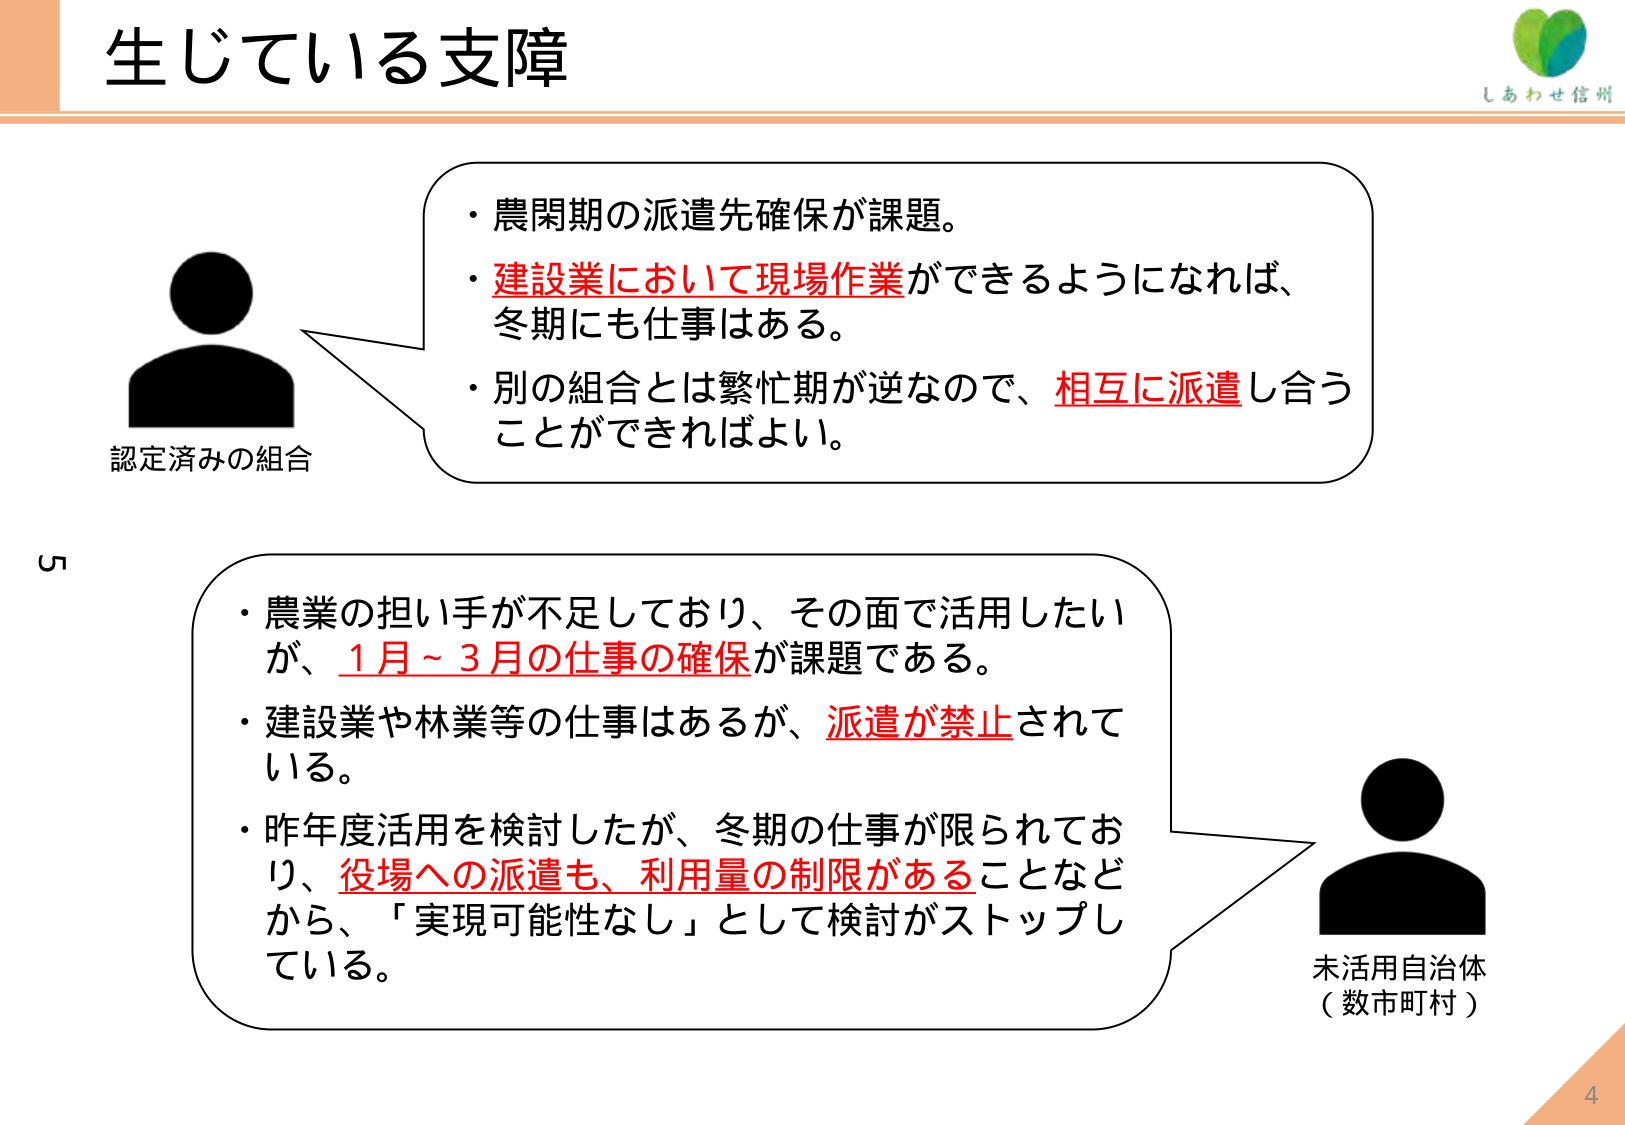
生じている支障

認定済みの組合
・農閑期の派遣先確保が課題。
・建設業において現場作業ができるようになれば、
冬期にも仕事はある。
・別の組合とは繁忙期が逆なので、相互に派遣し合う
ことができればよい。

未活用自治体
（数市町村）
・農業の担い手が不足しており、その面で活用したい
が、1月～3月の仕事の確保が課題である。
・建設業や林業等の仕事はあるが、派遣が禁止されて
いる。
・昨年度活用を検討したが、冬期の仕事が限られてお
り、役場への派遣も、利用量の制限があることなど
から、「実現可能性なし」として検討がストップし
ている。

しあわせ信州

5
4